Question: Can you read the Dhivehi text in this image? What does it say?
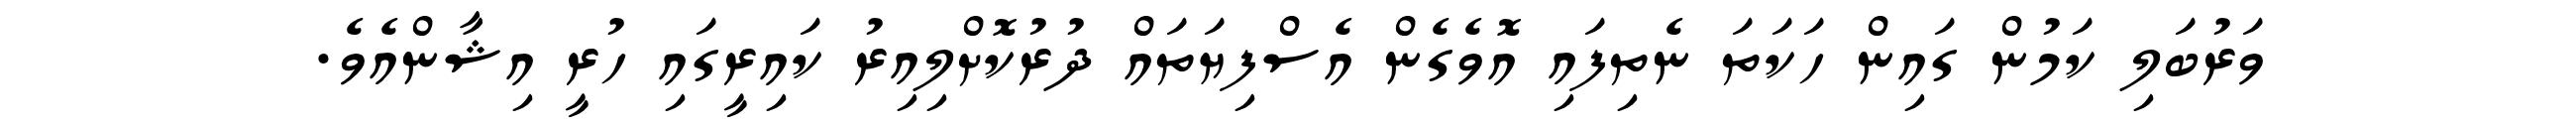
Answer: ވަރުބަލި ކަމުން ގައިން ހަކަތަ ނެތިފައި އޮވެގެން އެސްފިޔަތައް ދުރުކޮށްލިއިރު ކައިރީގައި ހުރީ އިޝާންއެވެ.